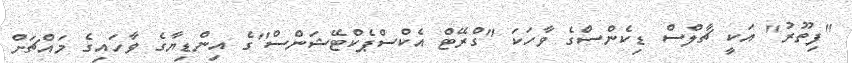
"ފިތޫރު'' އަކީ ޗާލްސް ޑިކެންސްގެ ވާހަކަ ''ގްރޭޓް އެކްސްޕެކްޓޭޝަންސް''ގެ އިންޑިޔާގެ ވާހައިގެ މައްޗަށް